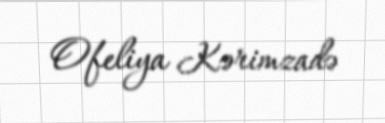
Ofeliya Kərimzadə